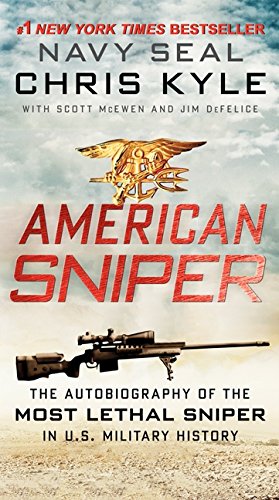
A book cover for American Sniper: The Autobiography of the Most Lethal Sniper in U.S. Military History; Chris Kyle; Biographies & Memoirs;